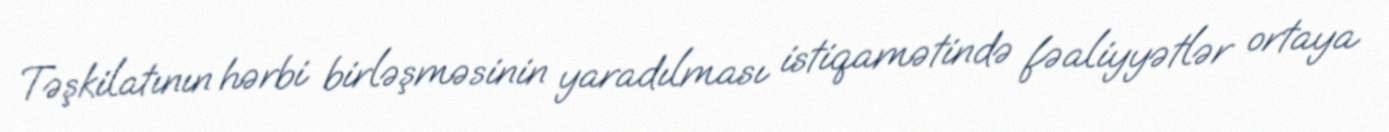
Təşkilatının hərbi birləşməsinin yaradılması istiqamətində fəaliyyətlər ortaya